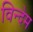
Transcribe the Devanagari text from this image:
विन्देम